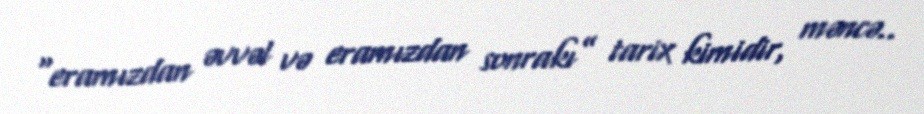
“eramızdan əvvəl və eramızdan sonrakı” tarix kimidir, məncə..